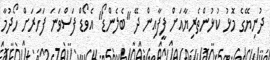
ދުނިޔޭގެ މޮޅު ކުޅުންތެރިޔާއަށް ފީފާއިން ދޭ "ބެލެންޑޯ" އެވޯޑް ފަސްވަނަ ފަހަރަށް ހޯދުމާ